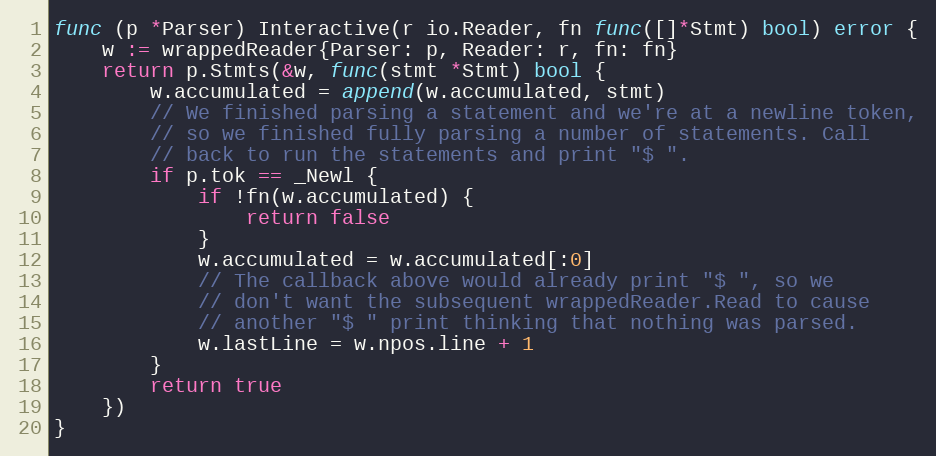
Language: Go
func (p *Parser) Interactive(r io.Reader, fn func([]*Stmt) bool) error {
	w := wrappedReader{Parser: p, Reader: r, fn: fn}
	return p.Stmts(&w, func(stmt *Stmt) bool {
		w.accumulated = append(w.accumulated, stmt)
		// We finished parsing a statement and we're at a newline token,
		// so we finished fully parsing a number of statements. Call
		// back to run the statements and print "$ ".
		if p.tok == _Newl {
			if !fn(w.accumulated) {
				return false
			}
			w.accumulated = w.accumulated[:0]
			// The callback above would already print "$ ", so we
			// don't want the subsequent wrappedReader.Read to cause
			// another "$ " print thinking that nothing was parsed.
			w.lastLine = w.npos.line + 1
		}
		return true
	})
}